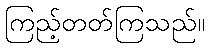
ကြည့်တတ်ကြသည်။